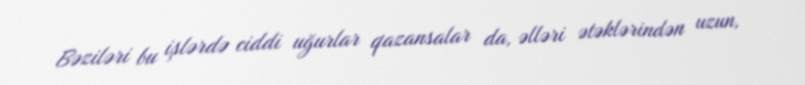
Bəziləri bu işlərdə ciddi uğurlar qazansalar da, əlləri ətəklərindən uzun,